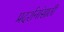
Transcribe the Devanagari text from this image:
प्रदर्शनांसाठी